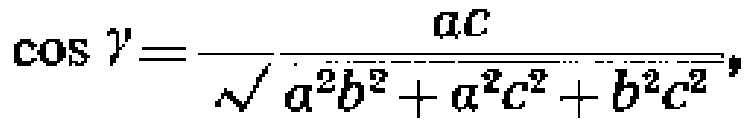
\(\cos \gamma=\frac{ac}{\sqrt{a^{2}b^{2}+a^{2}c^{2}+b^{2}c^{2}}}\)